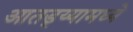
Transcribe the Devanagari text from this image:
आतड्य्यामध्ये